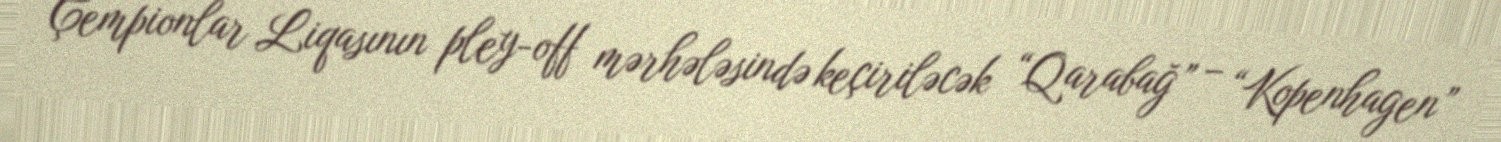
Çempionlar Liqasının pley-off mərhələsində keçiriləcək “Qarabağ” – “Kopenhagen”